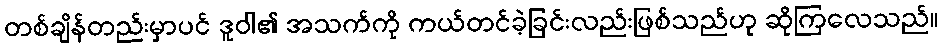
တစ်ချိန်တည်းမှာပင် ဒူဝါ၏ အသက်ကို ကယ်တင်ခဲ့ခြင်းလည်းဖြစ်သည်ဟု ဆိုကြလေသည်။